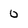
Character: 0